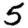
Digit: 5